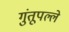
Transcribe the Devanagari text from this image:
गुंतूपल्ले